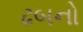
ઢબનો